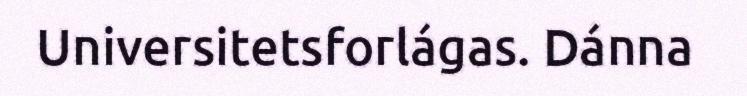
Universitetsforlágas. Dánna